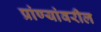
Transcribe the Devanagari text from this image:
प्रांण्यांवरील